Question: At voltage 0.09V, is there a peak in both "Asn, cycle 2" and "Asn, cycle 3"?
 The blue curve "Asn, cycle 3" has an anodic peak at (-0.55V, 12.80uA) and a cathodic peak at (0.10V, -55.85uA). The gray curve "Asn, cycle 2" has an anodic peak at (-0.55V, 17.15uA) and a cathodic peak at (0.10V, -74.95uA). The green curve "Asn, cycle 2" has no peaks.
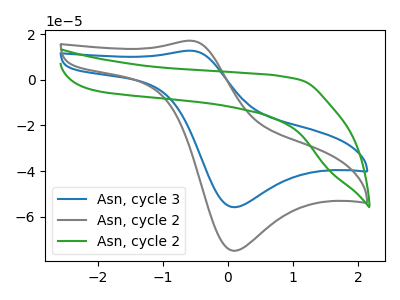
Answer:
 <answer>Yes, "Asn, cycle 2" and "Asn, cycle 3" share a peak at 0.09V.</answer>
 <eval>match</eval>